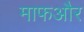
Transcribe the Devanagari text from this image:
माफऔर